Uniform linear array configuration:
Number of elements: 48
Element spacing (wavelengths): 0.5
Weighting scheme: hann
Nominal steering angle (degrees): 15
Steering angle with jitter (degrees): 13.206
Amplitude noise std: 0.05
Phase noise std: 0.05

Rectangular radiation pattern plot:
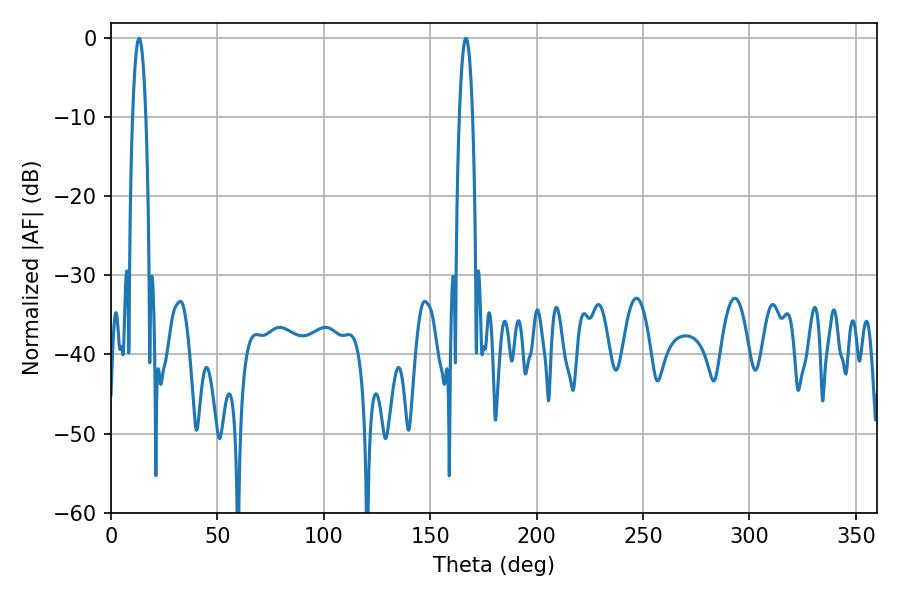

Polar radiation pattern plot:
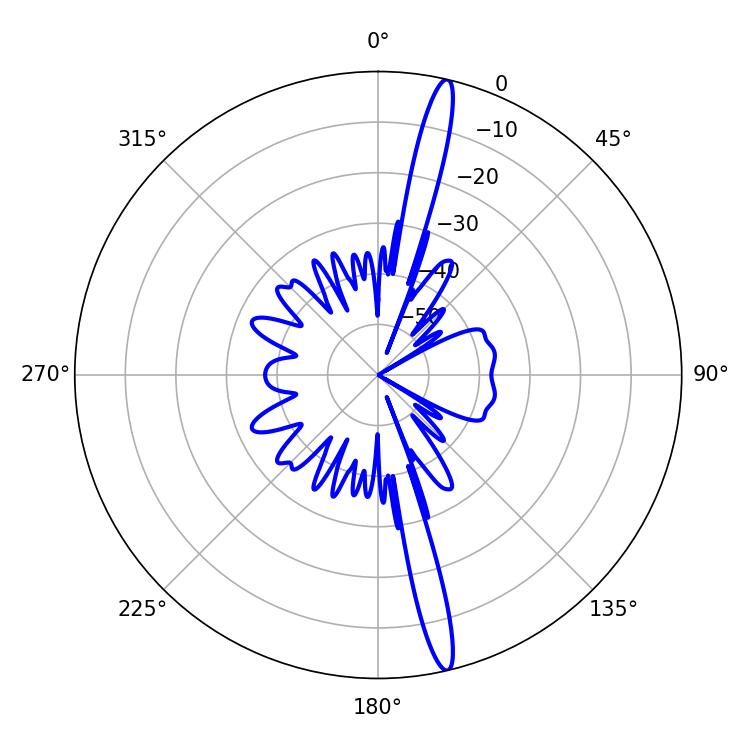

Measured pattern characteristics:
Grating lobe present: FALSE
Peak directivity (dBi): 18.285
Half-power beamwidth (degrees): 3.42
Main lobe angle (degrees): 13.14